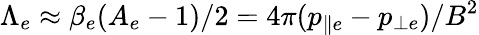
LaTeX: \Lambda_{e}\approx\beta_{e}(A_{e}-1)/2=4\pi(p_{\parallel e}-p_{\perp e})/B^{2}